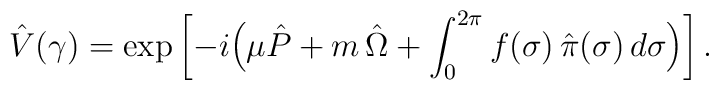
\hat{V} ( \gamma )	=	\exp	\left[		- i		\Bigl(			\mu \hat{P}			+			m \, \hat{\Omega}			+			\int_0^{2 \pi} f( \sigma ) \, \hat{\pi}(\sigma )			\, d \sigma		\Bigr)	\right].